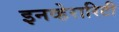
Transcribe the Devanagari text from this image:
इनव्हेरारिटी